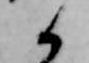
候